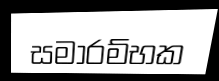
සමාරම්භක